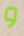
و